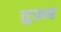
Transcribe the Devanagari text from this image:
तुवन